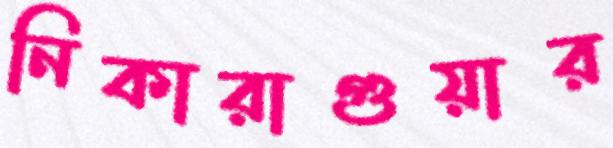
নিকারাগুয়ার